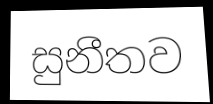
සුනීතව